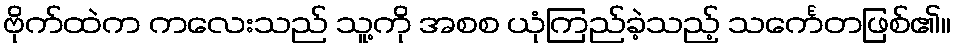
ဗိုက်ထဲက ကလေးသည် သူ့ကို အစစ ယုံကြည်ခဲ့သည့် သင်္ကေတဖြစ်၏။